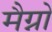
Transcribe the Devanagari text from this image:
मैग्नो